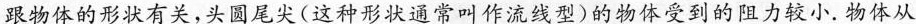
跟物体的形状有关，头圆尾尖(这种形状通常叫作流线型)的物体受到的阻力较小。物体从